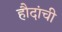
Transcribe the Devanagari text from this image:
हौदांची